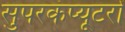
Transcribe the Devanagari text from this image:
सुपरकंप्यूटरों